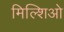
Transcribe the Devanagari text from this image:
मिल्शिओ